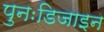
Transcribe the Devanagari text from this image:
पुनःडिजाइन